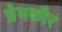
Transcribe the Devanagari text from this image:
प्रेमकौर